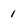
Character: 1